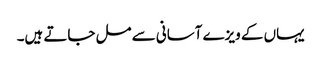
یہاں کے ویزے آسانی سے مل جاتے ہیں۔